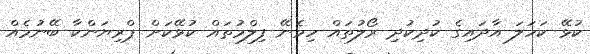
ކުޅޭ ކަހަލަ އާދައިގެ ކުދިކުދި ރޯލުތައް ހިމެނޭ ފިލްމުތައް ކުޅޭކަށް ޕްރިޔަންކާ ބޭނުމެއް